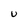
Character: U